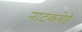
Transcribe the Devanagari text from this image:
नाटकवेडे